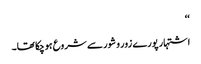
‘‘
اشتہار پورے زور و شور سے شروع ہوچکا تھا۔